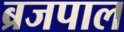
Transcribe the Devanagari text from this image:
ब्रजपाल